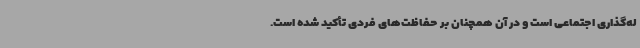
له‌گذاری اجتماعی است و در آن همچنان بر حفاظت‌های فردی تأکید شده است.